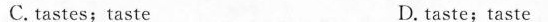
C. tastes;taste D. taste:taste